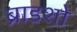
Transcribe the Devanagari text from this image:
ब्राडशो